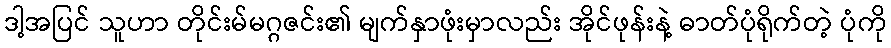
ဒါ့အပြင် သူဟာ တိုင်းမ်မဂ္ဂဇင်း၏ မျက်နှာဖုံးမှာလည်း အိုင်ဖုန်းနဲ့ ဓာတ်ပုံရိုက်တဲ့ ပုံကို